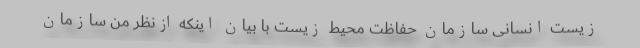
زیست انسانی سازمان حفاظت محیط‌ زیست با بیان اینکه ازنظر من سازمان